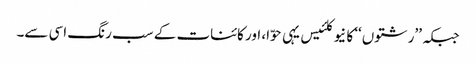
جبکہ ’’رشتوں‘‘ کا نیوکلئیس یہی حوّا، اور کائنات کے سب رنگ اسی سے۔